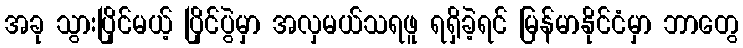
အခု သွားပြိုင်မယ့် ပြိုင်ပွဲမှာ အလှမယ်သရဖူ ရရှိခဲ့ရင် မြန်မာနိုင်ငံမှာ ဘာတွေ